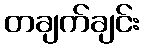
တချက်ချင်း